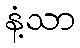
နံ့သာ